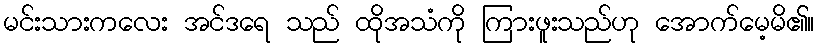
မင်းသားကလေး အင်ဒရေ သည် ထိုအသံကို ကြားဖူးသည်ဟု အောက်မေ့မိ၏။